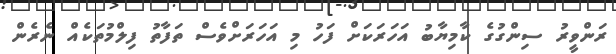
ރަންވީރު ސިންގުގެ ކާމިޔާބު އަހަރަކަށް ފަހު މި އަހަރަށްވެސް ތަފާތު ފިލްމުތަކެއް ނެރެން